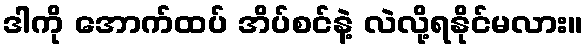
ဒါကို အောက်ထပ် အိပ်စင်နဲ့ လဲလို့ရနိုင်မလား။